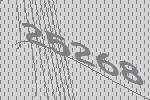
25268